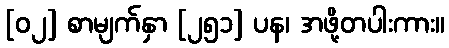
[၀၂] စာမျက်နှာ [၂၅၁] ပန၊ အဖို့တပါးကား။